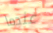
عندما